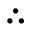
\therefore